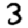
Digit: 3